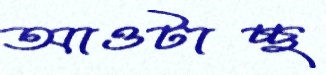
আওটাচ্ছ